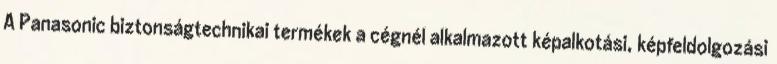
A Panasonic biztonságtechnikai termékek a cégnél alkalmazott képalkotási, képfeldolgozási